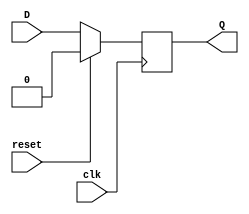
module Flip_Flop(
    output Q,
    input D,
    input clk,
	 input reset
    );
reg Q;
always @ ( posedge clk )
begin
	if(reset == 1'b1)
	Q=1'b0;
	else
	Q=D;
end
endmodule